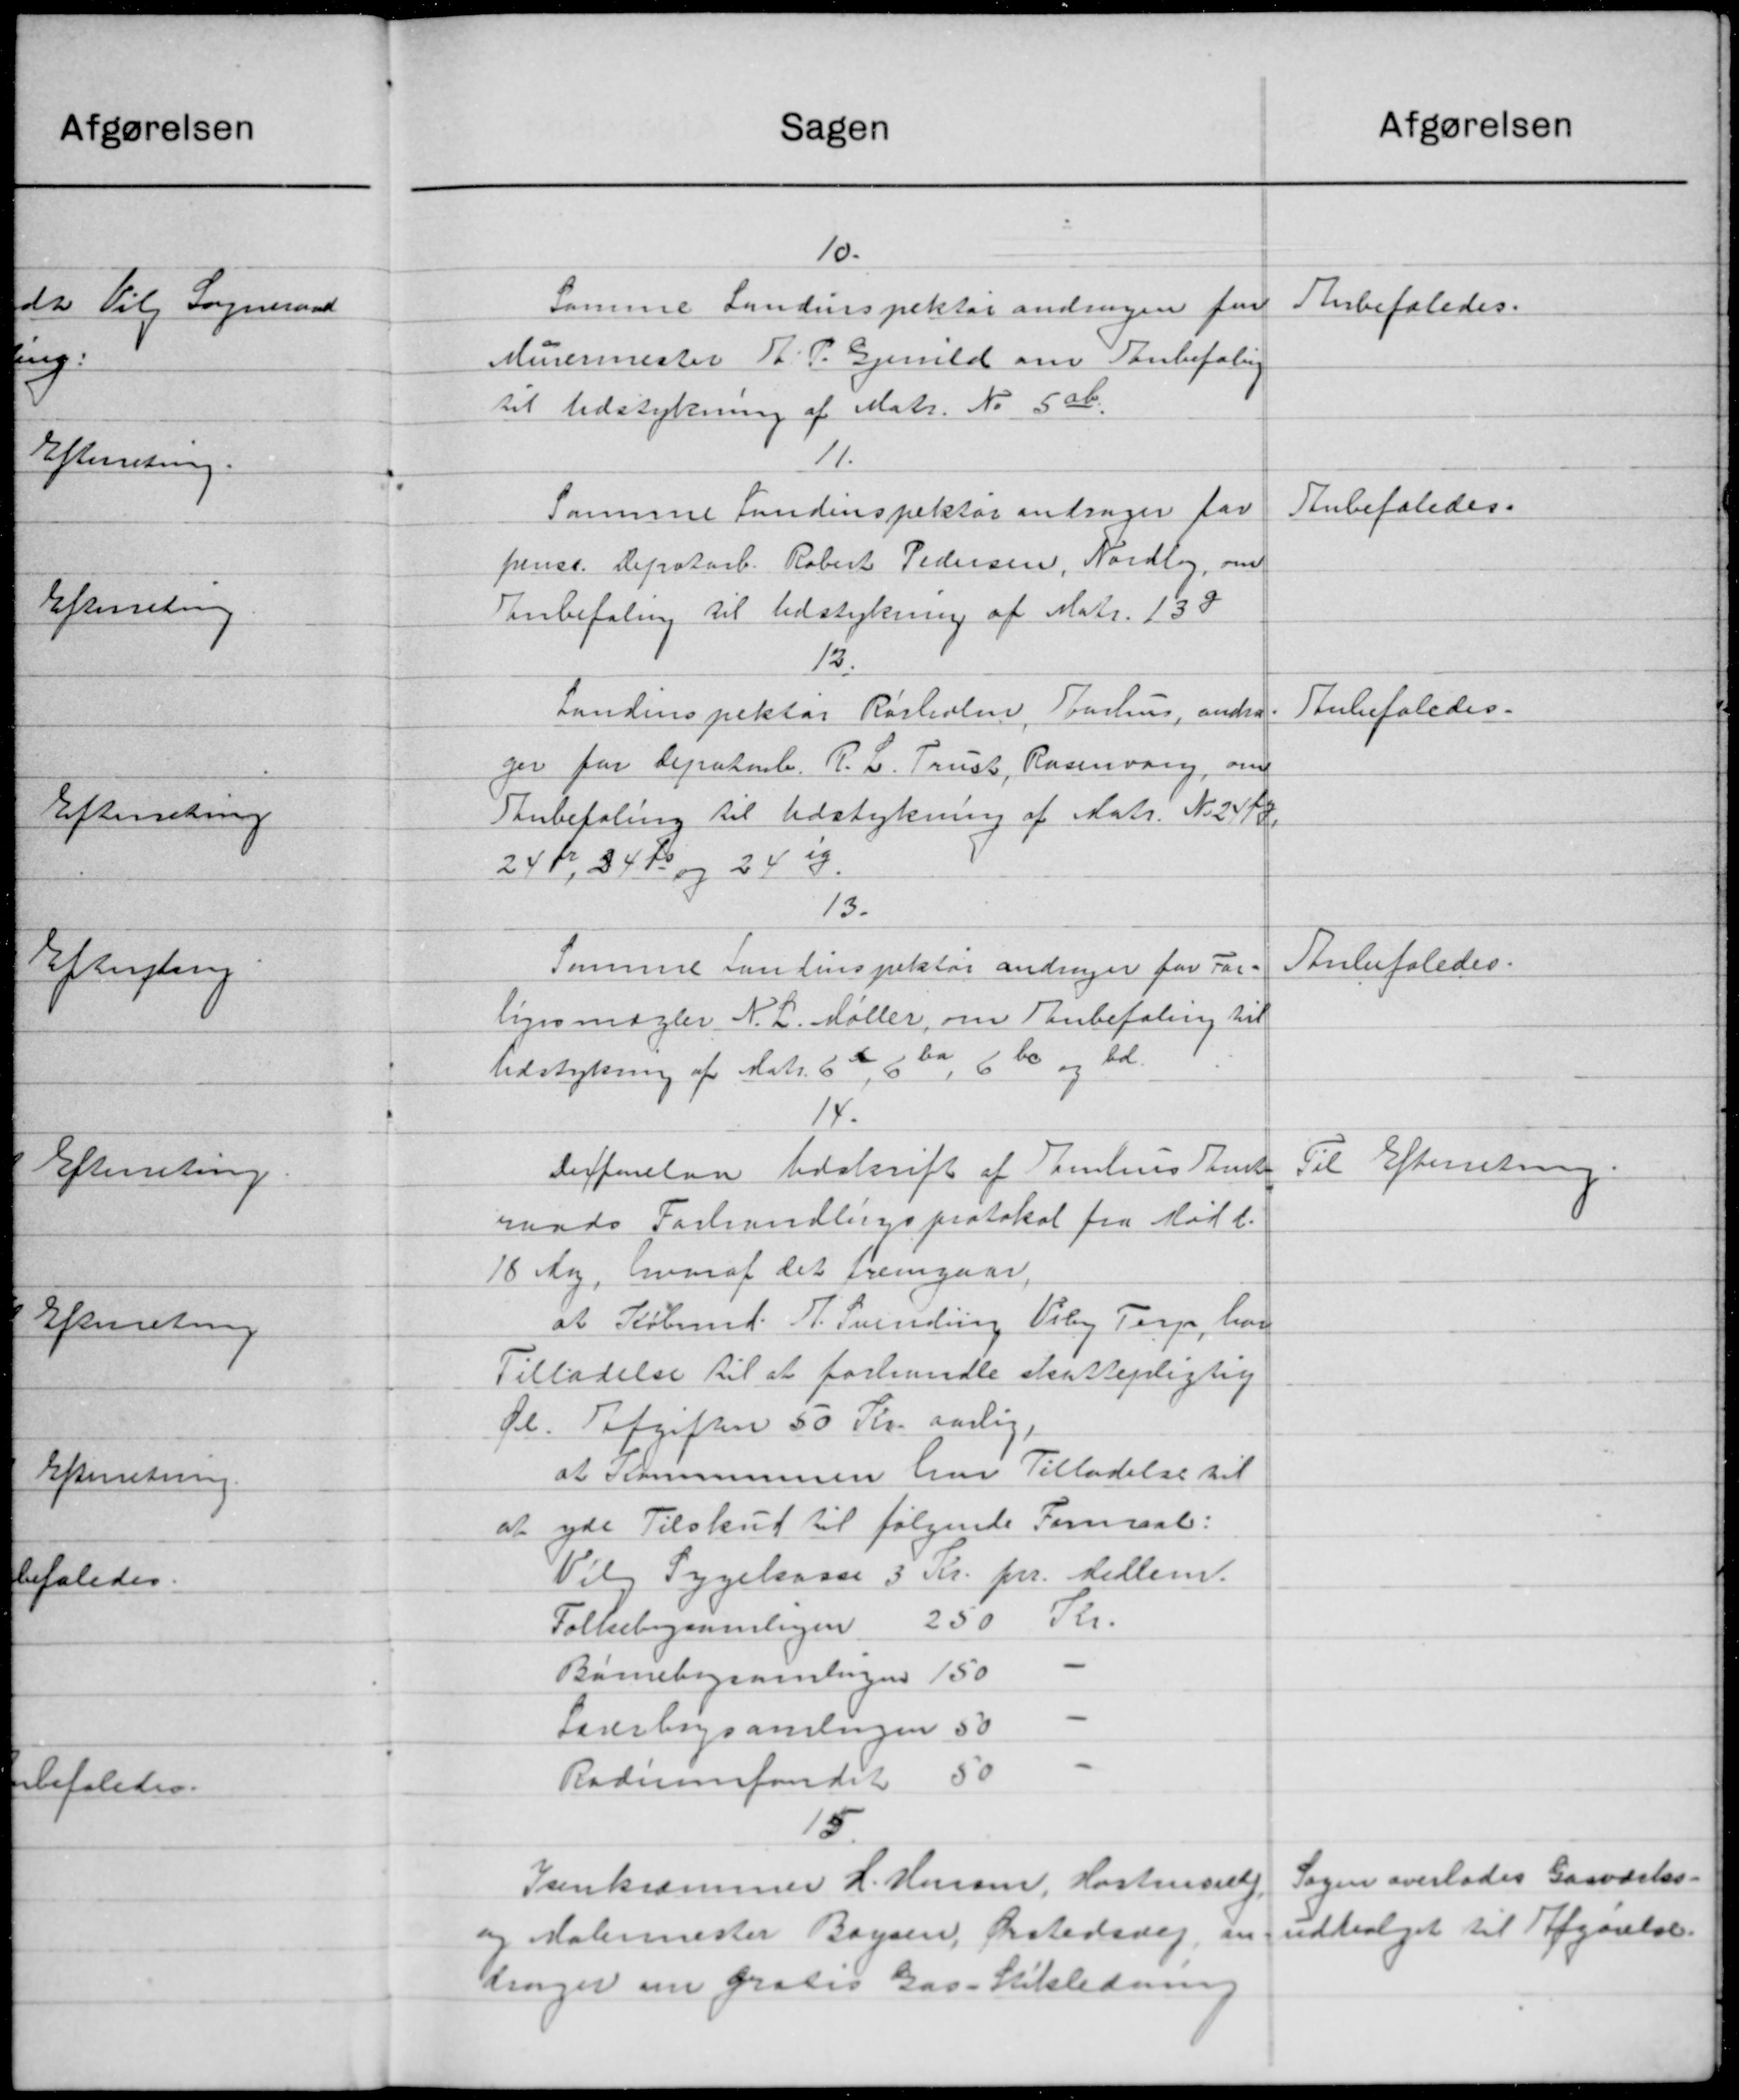
Transskription:
Sagen
10.
Samme Landinspektør andragen for
Murermester R. P. Gjenild om Tanbefaling
til Udstykning af Matr. Nr. 506.
11.
Sammel Landinspektør andrager for
frense. Depotarb. Robert Pedersen, Nordby, om
Tanbefaling til Udstykning af Matr. 133
12.
Landinspektør Rørholm, Faurhus, andre
ger for Depateb. P. L. Trust, Rasevang, om
Anbefaling til Udstykning af Matr. No 24/8.
24 Kr 34 Kr og 243.
13.
Sammel sandinspektør andrager for For-
ligsmægler N. L. Møller, om Anbefaling til
Udstykning af Matr. 62, 6 ba, 660 og bd.
14.
derforelaa Udskrift af Tamhus Tand
raads Forhandlingsprotokol fra Mødt.
18 Aa, hvoraf det fremgaar,
at Købmd. N. Svending Viby Terp, har
Tilladelse til at forhandle skattepligtig
fl. Tafgiften 50 Kr. aarlig,
at Kommunen har Tilladelse til
yde Tilskud til følgende Formaal:
a
Vil Sygekasse 3 Kr. pr. Medlem.
Folkebogsamlingen 250 Kr.
Børnebogsamlingen 150
Lærerbogsamlingen 50
Radiumsfondet 50
15.
Prenkrammer L. Herom, Hostruselly
og Malermester Baysen, Ørstedsvej, en
drager om gratis Gas-Stikledning.